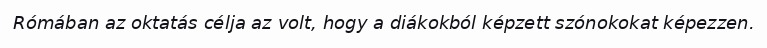
Rómában az oktatás célja az volt, hogy a diákokból képzett szónokokat képezzen.